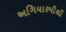
અગિયારમીથી